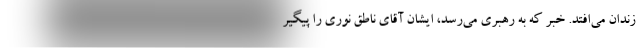
زندان می‌افتد. خبر که به رهبری می‌رسد، ایشان آقای ناطق نوری را پیگیر